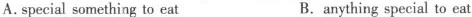
A.special something to eat B.anything special to eat